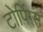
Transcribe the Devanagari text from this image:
टोपिंग्स